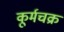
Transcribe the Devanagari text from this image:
कूर्मचक्र